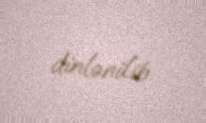
dinlənilib.